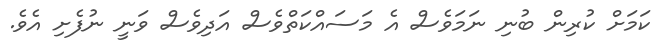
ކަމަށް ކުރިން ބުނި ނަމަވެސް އެ މަސައްކަތްވެސް އަދިވެސް ވަނީ ނުފެށި އެވެ.